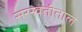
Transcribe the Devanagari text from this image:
सरस्वतीताल